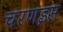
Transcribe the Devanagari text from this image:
चरणइस